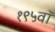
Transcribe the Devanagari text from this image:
१९५वॉ